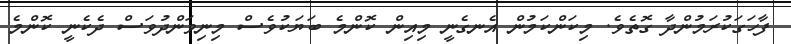
ފާހަގަކުރަމުންދާ ގޮތެވެ. މިކަންކަމުން އެނގެނީ މިއިން ކޮންމެ ބަޔަކުވެސް މިނިވަންދުވަސް ދެކެނީ ކޮންމެ